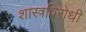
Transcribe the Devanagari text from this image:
शास्त्रविरोधी